Plague in India, 1896, 1897 - Volume 2
Year: 1896
Disease focus: Plague
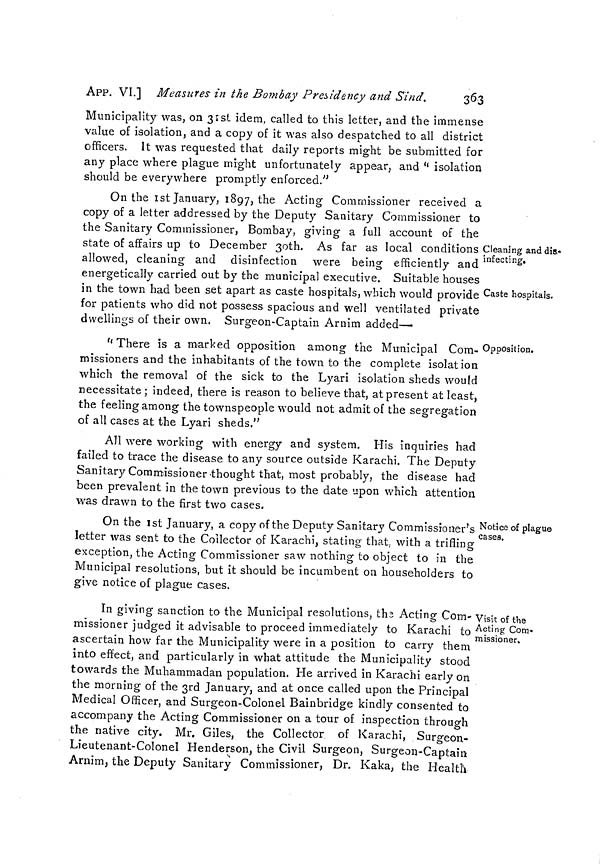
363
APP. VI.] Measures in the Bombay Presidency and Sind.
Municipality was, on 31 st idem, called to this letter, and the immense
value of isolation, and a copy of it was also despatched to all district
officers. It was requested that daily reports might be submitted for
any place where plague might unfortunately appear, and " isolation
should be everywhere promptly enforced."
Cleaning and dis-
infecting.
Caste hospitals.
On the 1st January, 1897, the Acting Commissioner received a
copy of a letter addressed by the Deputy Sanitary Commissioner to
the Sanitary Commissioner, Bombay, giving a full account of the
state of affairs up to December 3oth. As far as local conditions
allowed, cleaning and disinfection were being efficiently and
energetically carried out by the municipal executive. Suitable houses
in the town had been set apart as caste hospitals, which would provide
for patients who did not possess spacious and well ventilated private
dwellings of their own, Surgeon-Captain Arnim added—
Opposition.
"There is a marked opposition among the Municipal Com-
missioners and the inhabitants of the town to the complete isolation
which the removal of the sick to the Lyari isolation sheds would
necessitate ; indeed, there is reason to believe that, at present at least,
the feeling among the townspeople would not admit of the segregation
of all cases at the Lyari sheds."
All were working with energy and system. His inquiries had
failed to trace the disease to any source outside Karachi. The Deputy
Sanitary Commissioner thought that, most probably, the disease had
been prevalent in the town previous to the date upon which attention
was drawn to the first two cases.
Notice of plague
cases.
On the 1st January, a copy of the Deputy Sanitary Commissioner's
letter was sent to the Collector of Karachi, stating that, with a trifling
exception, the Acting Commissioner saw nothing to object to in the
Municipal resolutions, but it should be incumbent on householders to
give notice of plague cases.
Visit of the
Acting Com-
missioner.
In giving sanction to the Municipal resolutions, the Acting Com-
missioner judged it advisable to proceed immediately to Karachi to
ascertain how far the Municipality were in a position to carry them
into effect, and particularly in what attitude the Municipality stood
towards the Muhammadan population. He arrived in Karachi early on
the morning of the 3rd January, and at once called upon the Principal
Medical Officer, and Surgeon-Colonel Bainbridge kindly consented to
accompany the Acting Commissioner on a tour of inspection through
the native city. Mr. Giles, the Collector of Karachi, Surgeon-
Lieutenant-Colonel Henderson, the Civil Surgeon, Surgeon-Captain
Arnim, the Deputy Sanitary Commissioner, Dr. Kaka, the Health